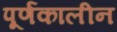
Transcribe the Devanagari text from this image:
पूर्णकालीन